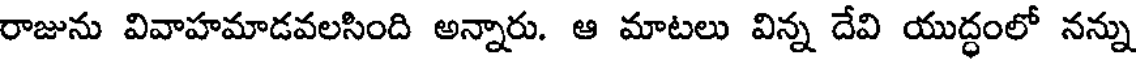
రాజును వివాహమాడవలసింది అన్నారు. ఆ మాటలు విన్న దేవి యుద్ధంలో నన్ను